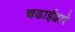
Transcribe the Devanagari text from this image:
चढाईद्वारे